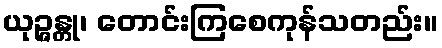
ယုဉ္ဇန္တု၊ တောင်းကြစေကုန်သတည်း။